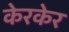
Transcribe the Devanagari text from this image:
केरकेर